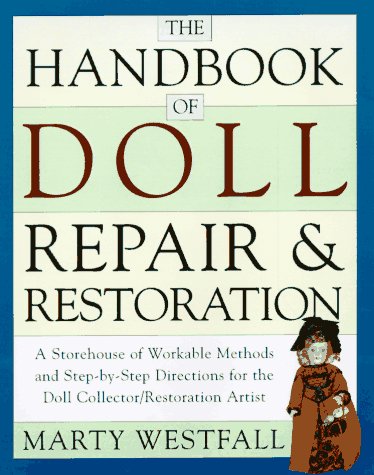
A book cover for The Handbook of Doll Repair & Restoration; Marty Westfall; Crafts, Hobbies & Home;